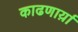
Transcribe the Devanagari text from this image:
काढणार्य़ा